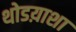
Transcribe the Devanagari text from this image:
थोडय़ाशा